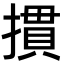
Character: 摜